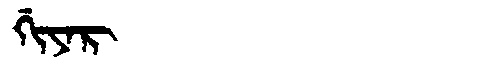
Manchu: ᡤᡳᠶᠠᡵ
Romanization: GIYAR